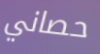
حصاني